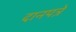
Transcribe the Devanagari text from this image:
दानपत्रे